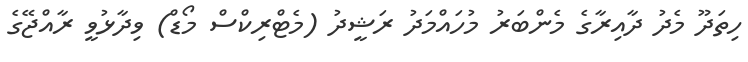
ހިތަދޫ މެދު ދާއިރާގެ މެންބަރު މުހައްމަދު ރަޝީދު (މެޓްރިކްސް މޯޑް) ވިދާޅުވީ ރާއްޖޭގެ